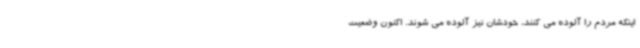
اینکه مردم را آلوده می کنند، خودشان نیز آلوده می شوند. اکنون وضعیت